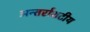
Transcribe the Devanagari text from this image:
अन्तर्राशटीय